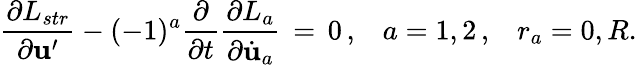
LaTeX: \frac{\partial L_{str}}{\partial{\mathbf u}^{\prime}}-(-1)^{a}\frac{\partial}{\partial t}\frac{\partial L_{a}}{\partial\dot{\mathbf u}_{a}}\, =\, 0\, {,}\quad a=1,2\, {,}\quad r_{a}=0,R.